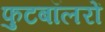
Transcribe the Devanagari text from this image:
फुटबॉलरों